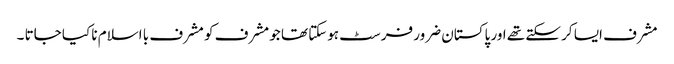
مشرف ایسا کر سکتے تھے اور پاکستان ضرور فرسٹ ہوسکتا تھا جو مشرف کو مشرف با اسلام نا کیا جاتا ۔